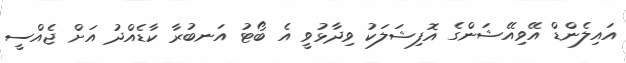
އައިލެންޑް އޭވިއޭޝަންގެ އޮފިޝަލަކު ވިދާޅުވީ އެ ބޯޓު އަނބުރާ ކާޑެއްދު އަށް ޖެއްސީ